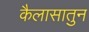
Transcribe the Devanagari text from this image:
कैलासातुन